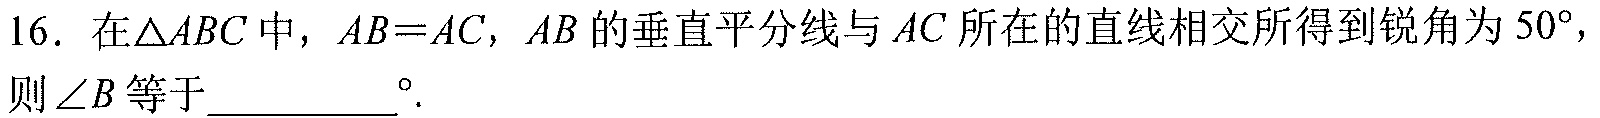
16. 在\(\triangle ABC\)中，\(AB = AC\)，\(AB\)的垂直平分线与\(AC\)所在的直线相交所得到锐角为\(50^{\circ}\)，则\(\angle B\)等于_______\(^{\circ}\).